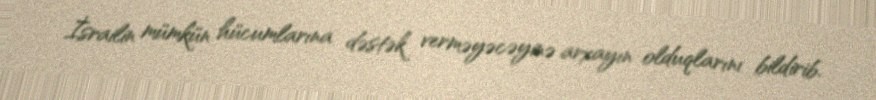
İsrailin mümkün hücumlarına dəstək verməyəcəyinə arxayın olduqlarını bildirib.